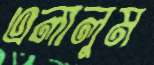
এলালুম